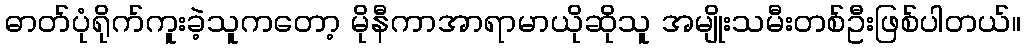
ဓာတ်ပုံရိုက်ကူးခဲ့သူကတော့ မိုနီကာအာရာမာယိုဆိုသူ အမျိုးသမီးတစ်ဦးဖြစ်ပါတယ်။